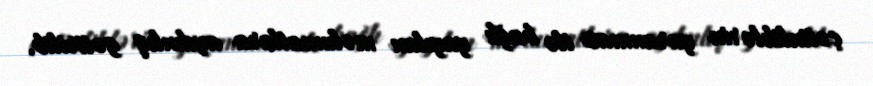
çətinliklərin yaranması ilə bağlı yayılan məlumatlara aydınlıq gətirilib.